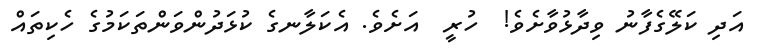
އަދި ކަލޭގެފާނު ވިދާޅުވާށެވެ!  ހުރީ  އަށެވެ. އެކަލާނގެ ކުޅަދުންވަންތަކަމުގެ ހެކިތައް